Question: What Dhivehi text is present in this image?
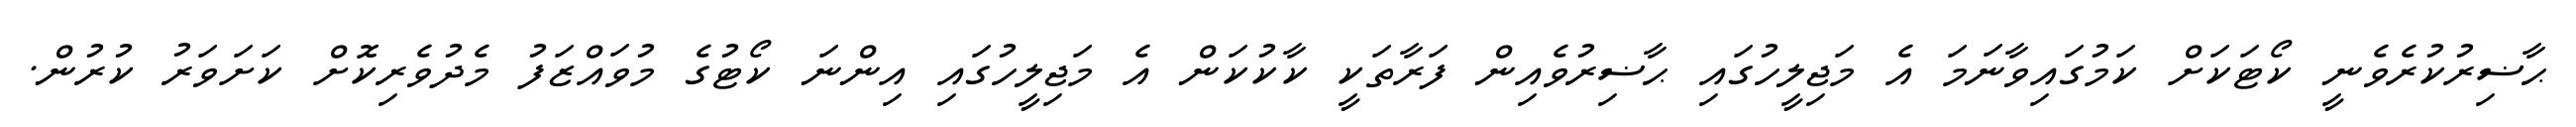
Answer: ޙާޟިރުކުރެވެނީ ކޯޓަކަށް ކަމުގައިވާނަމަ އެ މަޖިލީހުގައި ޙާޟިރުވެއިން ފަރާތަކީ ކާކުކަން އެ މަޖިލީހުގައި އިންނަ ކޯޓުގެ މުވައްޒަފު މެދުވެރިކޮށް ކަށަވަރު ކުރުން.